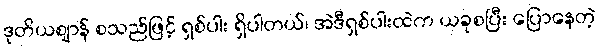
ဒုတိယဈာန် စသည်ဖြင့် ရှစ်ပါး ရှိပါတယ်၊ အဲဒီရှစ်ပါးထဲက ယခုစပြီး ပြောနေတဲ့